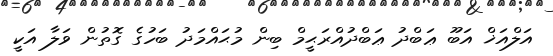
އަލްއަޚް އަބޫ ޢަބްދު ޢަބްދުއްރަޙީމް ބިން މުޙައްމަދު ބަހުގެ ގޮތުން ވަލާ އަކީ